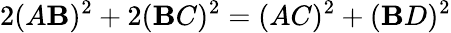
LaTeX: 2(A\mathbf{B})^{2}+2(\mathbf{B}C)^{2}=(AC)^{2}+(\mathbf{B}D)^{2}